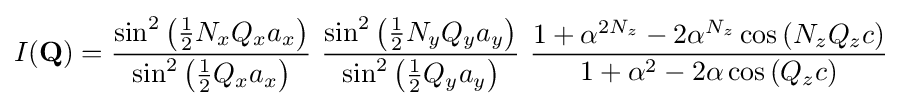
I(\mathbf {Q} )={\frac {\sin ^{2}\left({\tfrac {1}{2}}N_{x}Q_{x}a_{x}\right)}{\sin ^{2}\left({\tfrac {1}{2}}Q_{x}a_{x}\right)}}\ {\frac {\sin ^{2}\left({\tfrac {1}{2}}N_{y}Q_{y}a_{y}\right)}{\sin ^{2}\left({\tfrac {1}{2}}Q_{y}a_{y}\right)}}\ {\frac {1+\alpha ^{2N_{z}}-2\alpha ^{N_{z}}\cos \left(N_{z}Q_{z}c\right)}{1+\alpha ^{2}-2\alpha \cos \left(Q_{z}c\right)}}